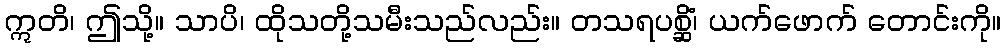
ဣတိ၊ ဤသို့။ သာပိ၊ ထိုသတို့သမီးသည်လည်း။ တသရပစ္ဆိံ၊ ယက်ဖောက် တောင်းကို။